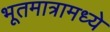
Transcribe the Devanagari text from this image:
भूतमात्रामध्ये